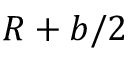
R + b / 2